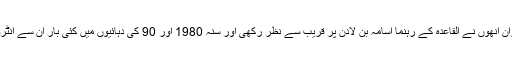
اس دوران انھوں نے القاعدہ کے رہنما اسامہ بن لادن پر قریب سے نظر رکھی اور سنہ 1980 اور 90 کی دہائیوں میں کئی بار ان سے انٹرویو کیا۔